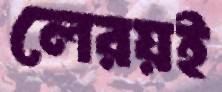
লেরয়ই